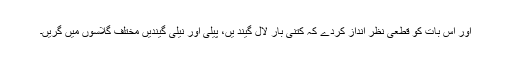
اور اس بات کو قطعی نظر انداز کردے کہ کتنی بار لال گیند یں، پیلی اور نیلی گیندیں مختلف گلاسوں میں گریں۔